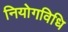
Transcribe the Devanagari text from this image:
नियोगविधि